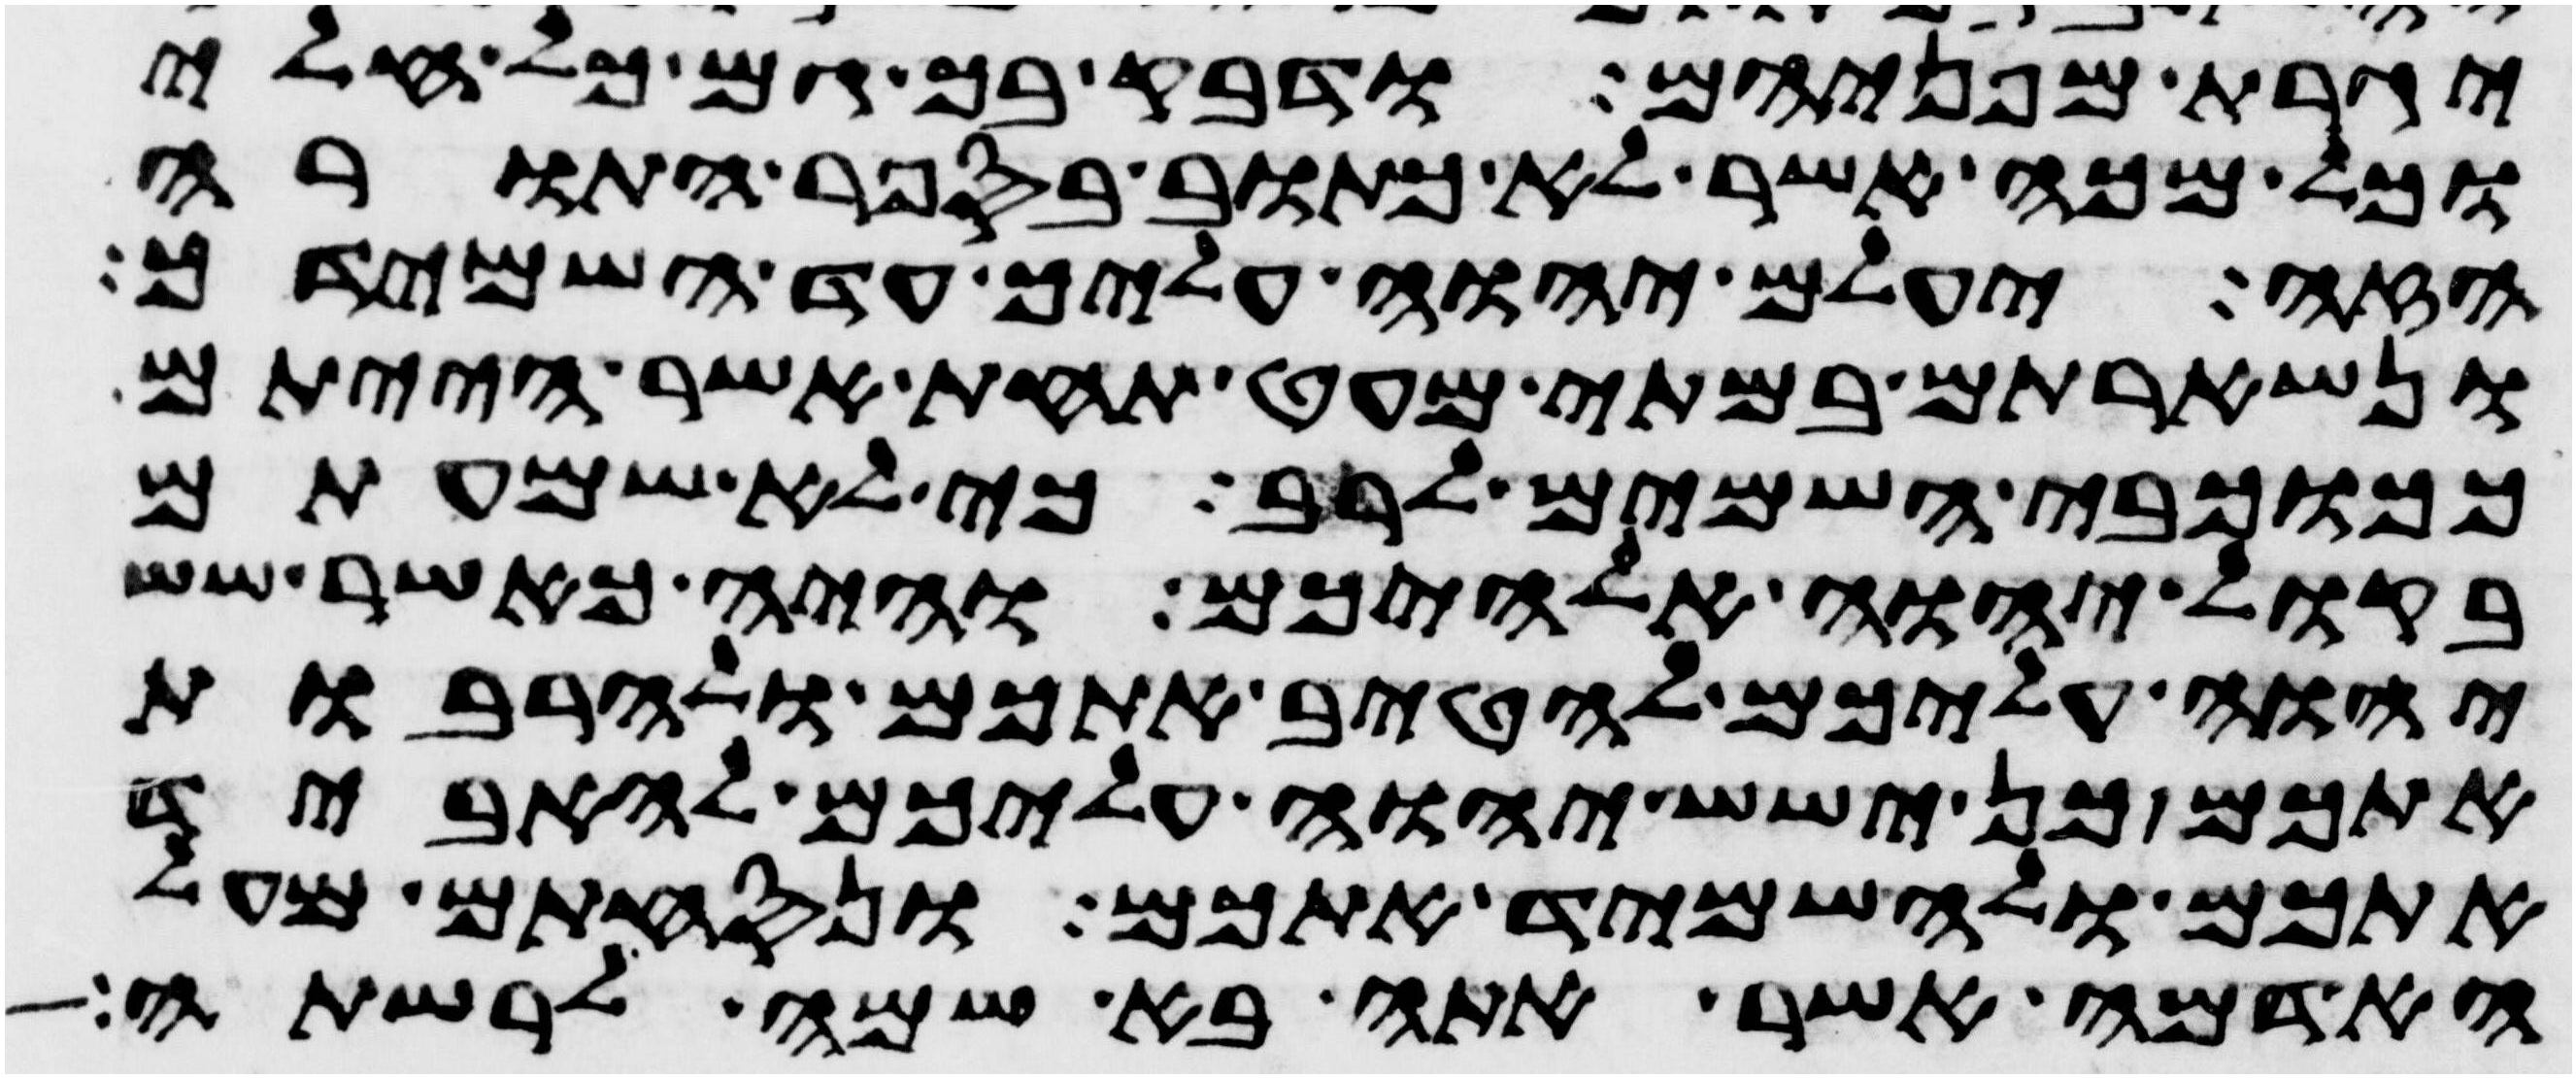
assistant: יגרת מפניהם ודבק בך גם כל חלי
וכל מכה אשר לא כתוב בספר התורה
הזה יעלם יהוה עליך עד השמידך
ונשארתם במתי מעט תחת אשר הייתם
ככוכבי השמים לרב כי לא שמעתם
בקול יהוה אלהיכם והיה כאשר שש
יהוה עליכם להטיב אתכם ולהרבות
אתכם כן ישש יהוה עליכם להאביד
אתכם ולהשמיד אתכם ונסחתם מעל
האדמה אשר אתה בא שמה לרשתה